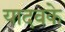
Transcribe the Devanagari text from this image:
यादवके